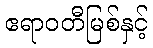
ဧရာဝတီမြစ်နှင့်